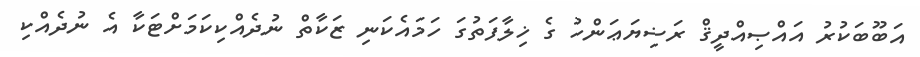
އަބޫބަކުރު އައްޞިއްދީޤް ރަޟިޔަޢަންހު ގެ ޚިލާފަތުގަ ހަމައެކަނި ޒަކާތް ނުދެއްކިކަމަށްޓަކާ އެ ނުދެއްކި